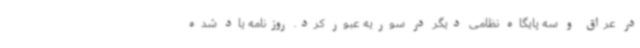
در عراق و سه پایگاه نظامی دیگر در سوریه عبور کرد. روزنامه یاد شده